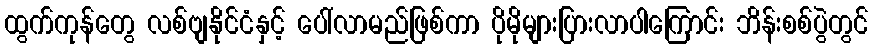
ထွက်ကုန်တွေ လစ်ဗျနိုင်ငံနှင့် ပေါ်လာမည်ဖြစ်ကာ ပိုမိုများပြားလာပါကြောင်း ဘိန်းစစ်ပွဲတွင်